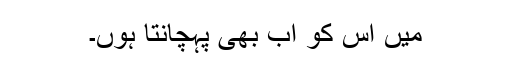
میں اس کو اب بھی پہچانتا ہوں۔